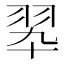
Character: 翆